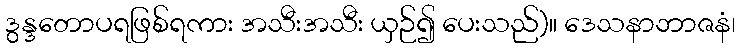
ဒွန္ဒတောပရဖြစ်ရကား အသီးအသီး ယှဉ်၍ ပေးသည်)။ ဒေသနာဘာဇနံ၊